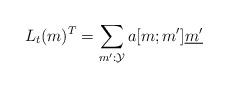
LaTeX: \begin{align*}L_t(m)^T=\sum_{m':\mathcal{Y}}a[m; m']\underline{m'}\end{align*}